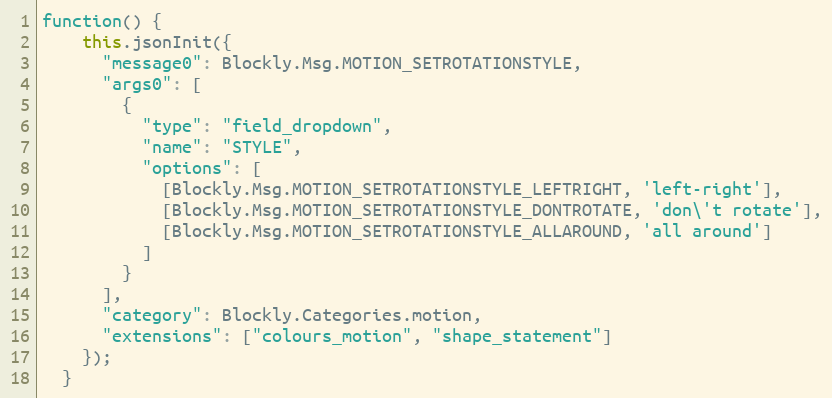
Language: JavaScript
function() {
    this.jsonInit({
      "message0": Blockly.Msg.MOTION_SETROTATIONSTYLE,
      "args0": [
        {
          "type": "field_dropdown",
          "name": "STYLE",
          "options": [
            [Blockly.Msg.MOTION_SETROTATIONSTYLE_LEFTRIGHT, 'left-right'],
            [Blockly.Msg.MOTION_SETROTATIONSTYLE_DONTROTATE, 'don\'t rotate'],
            [Blockly.Msg.MOTION_SETROTATIONSTYLE_ALLAROUND, 'all around']
          ]
        }
      ],
      "category": Blockly.Categories.motion,
      "extensions": ["colours_motion", "shape_statement"]
    });
  }